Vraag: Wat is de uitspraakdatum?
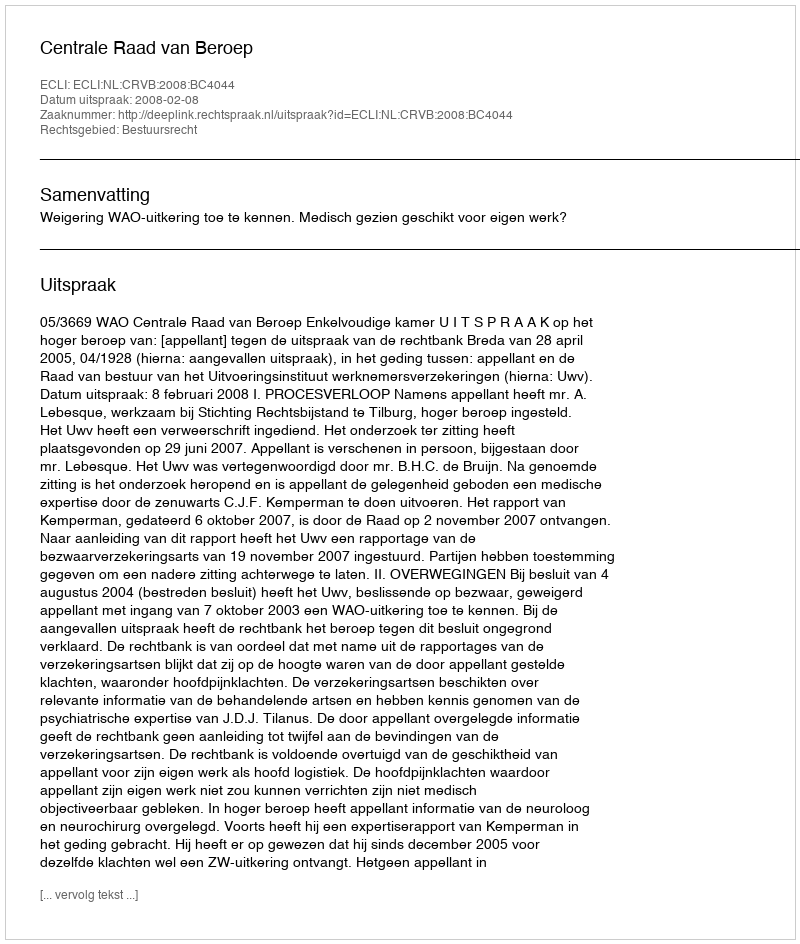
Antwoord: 2008-02-08